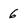
Character: 6